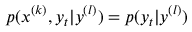
p ( x ^ { ( k ) } , y _ { t } | y ^ { ( l ) } ) = p ( y _ { t } | y ^ { ( l ) } )